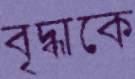
বৃদ্ধাকে